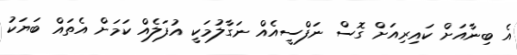
އެ ބިނާއަށް ކައިރިއަށް ގޮސް ނަފްސީއެއް ނަގާލުމަކީ އުފަލެއް ކަމަށް އެތައް ބަޔަކު